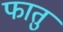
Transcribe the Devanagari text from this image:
फातु